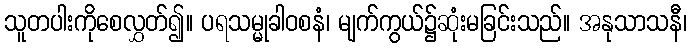
သူတပါးကိုစေလွှတ်၍။ ပရသမ္မုခါဝစနံ၊ မျက်ကွယ်၌ဆုံးမခြင်းသည်။ အနုသာသနီ၊